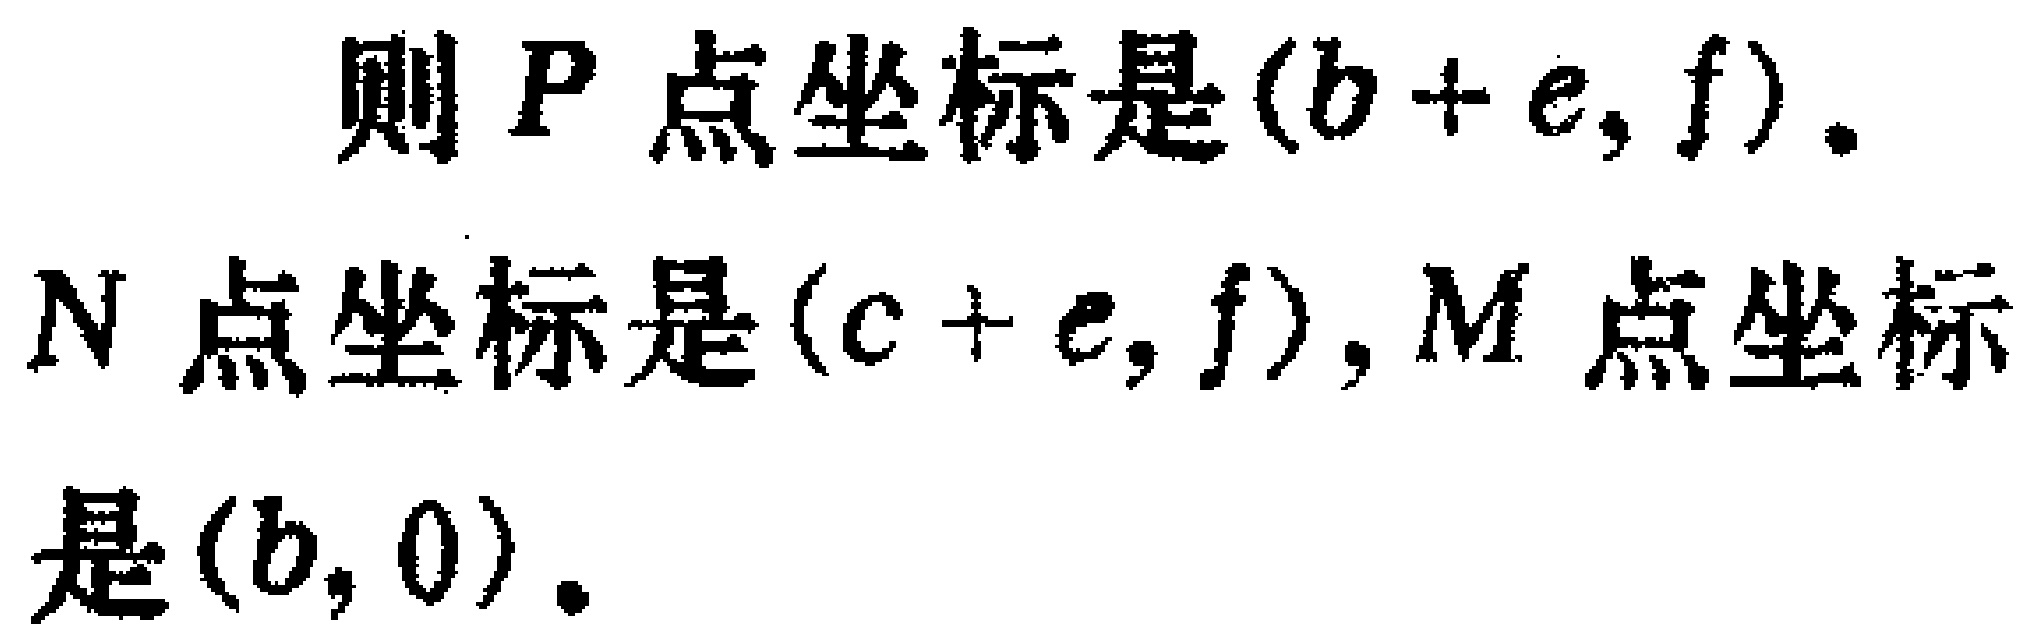
则 \(P\) 点坐标是\((b + e, f)\)。

\(N\) 点坐标是\((c + e, f)\)，\(M\) 点坐标是\((b, 0)\)。